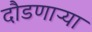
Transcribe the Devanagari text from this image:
दौडणाऱ्या